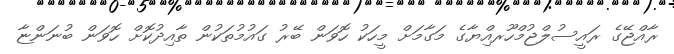
ރާއްޖޭގެ ރައީސުލްޖުމްހޫރއިްޔާގެ މަގާމަށް މީހަކު ހޮވަން ބޭރު ގައުމުތަކުން ތާއިދުކޮށް ހޮވަން ބުނަންޏާ